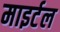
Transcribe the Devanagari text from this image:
माइर्टल